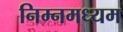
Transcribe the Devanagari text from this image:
निम्नमध्यम